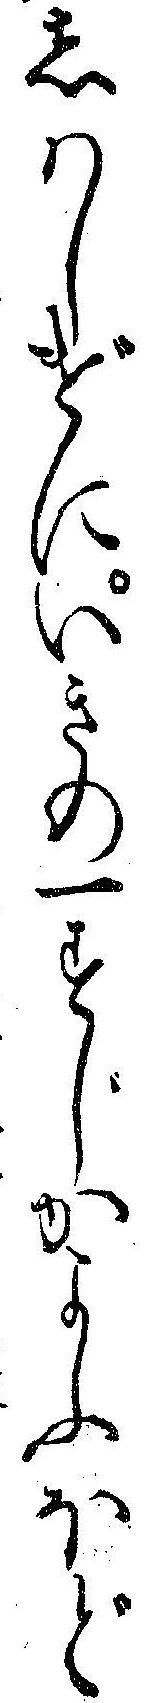
しハしげにいきの一すじかよふほど